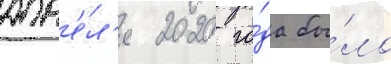
апр'е́л'я 2020 го́да бы́ло